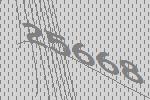
25668